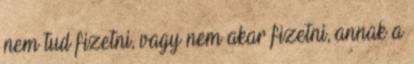
nem tud fizetni, vagy nem akar fizetni, annak a